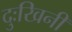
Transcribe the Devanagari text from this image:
दुःखिनी